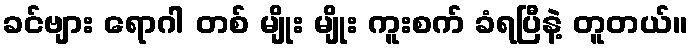
ခင်ဗျား ရောဂါ တစ် မျိုး မျိုး ကူးစက် ခံရပြီနဲ့ တူတယ်။